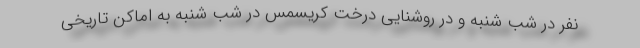
نفر در شب شنبه و در روشنایی درخت کریسمس در شب شنبه به اماکن تاریخی